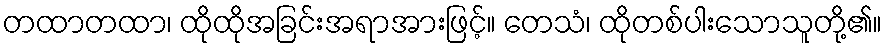
တထာတထာ၊ ထိုထိုအခြင်းအရာအားဖြင့်။ တေသံ၊ ထိုတစ်ပါးသောသူတို့၏။